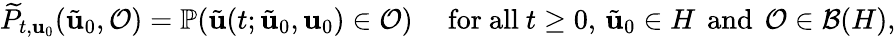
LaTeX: \begin{array}{r}{\widetilde{P}_{t,\mathbf{u}_{0}}(\tilde{\mathbf{u}}_{0},\mathcal{O})=\mathbb{P}(\tilde{\mathbf{u}}(t;\tilde{\mathbf{u}}_{0},\mathbf{u}_{0})\in\mathcal{O})\quad\mathrm{~for~all~}t\geq 0,\, \tilde{\mathbf{u}}_{0}\in H\, \mathrm{~and~}\, \mathcal{O}\in\mathcal{B}(H),}\end{array}